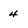
Character: 4